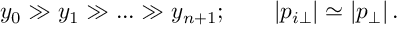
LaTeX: y _ { 0 } \gg y _ { 1 } \gg . . . \gg y _ { n + 1 } ; \qquad | p _ { i \perp } | \simeq | p _ { \perp } | \, .